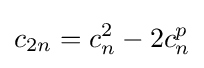
c_{2n}=c_{n}^{2}-2c_{n}^{p}